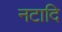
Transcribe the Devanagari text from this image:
नटादि